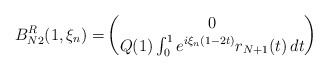
\begin{align*}B_{N2}^R(1,\xi_n)=&\begin{pmatrix}0\\Q(1)\int_0^1 e^{i\xi_n(1-2t)}r_{N+1}(t)\,dt\end{pmatrix}\end{align*}